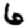
Digit: 6